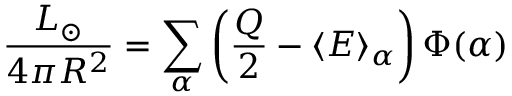
\frac { L _ { \odot } } { 4 \pi R ^ { 2 } } = \sum _ { \alpha } \left( \frac { Q } { 2 } - \langle { E } \rangle _ { \alpha } \right) \Phi ( \alpha )